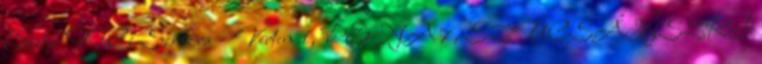
Eszter FTC: Szikora – Vérten 1, PENA 7, SZUCSÁNSZKI